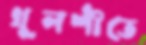
খুলশীতে